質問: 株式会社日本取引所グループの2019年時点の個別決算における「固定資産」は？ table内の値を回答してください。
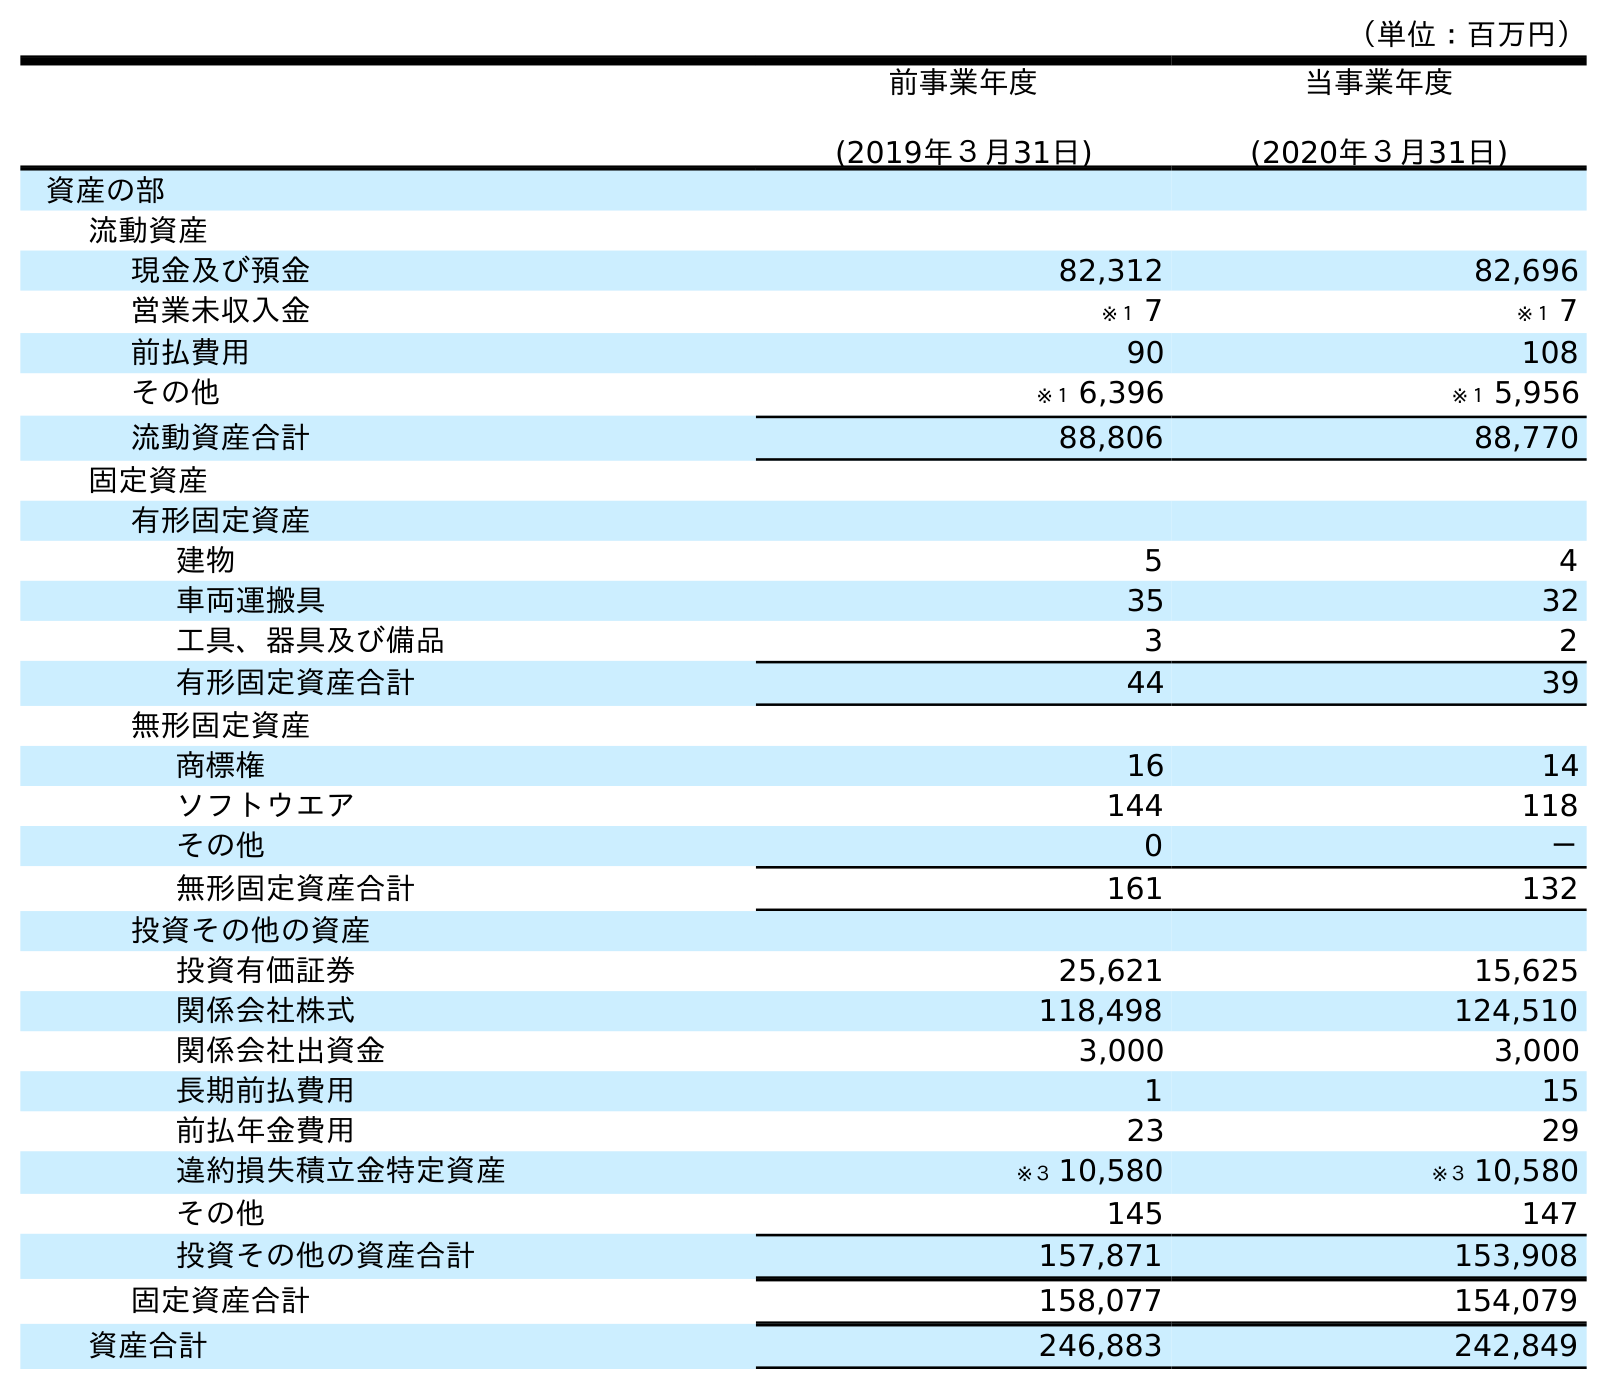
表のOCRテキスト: （単位：百万円） 前事業年度 (2019年３月31日) 当事業年度 (2020年３月31日) 資産の部 流動資産 現金及び預金 82,312 82,696 営業未収入金 ※１ 7 ※１ 7 前払費用 90 108 その他 ※１ 6,396 ※１ 5,956 流動資産合計 88,806 88,770 固定資産 有形固定資産 建物 5 4 車両運搬具 35 32 工具、器具及び備品 3 2 有形固定資産合計 44 39 無形固定資産 商標権 16 14 ソフトウエア 144 118 その他 0 － 無形固定資産合計 161 132 投資その他の資産 投資有価証券 25,621 15,625 関係会社株式 118,498 124,510 関係会社出資金 3,000 3,000 長期前払費用 1 15 前払年金費用 23 29 違約損失積立金特定資産 ※３ 10,580 ※３ 10,580 その他 145 147 投資その他の資産合計 157,871 153,908 固定資産合計 158,077 154,079 資産合計 246,883 242,849
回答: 158,077